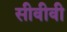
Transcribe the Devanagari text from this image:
सीवीवी